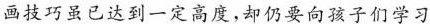
画技巧虽已达到一定高度,却仍要向孩子们学习